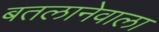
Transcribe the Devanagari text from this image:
बतलानेवाला